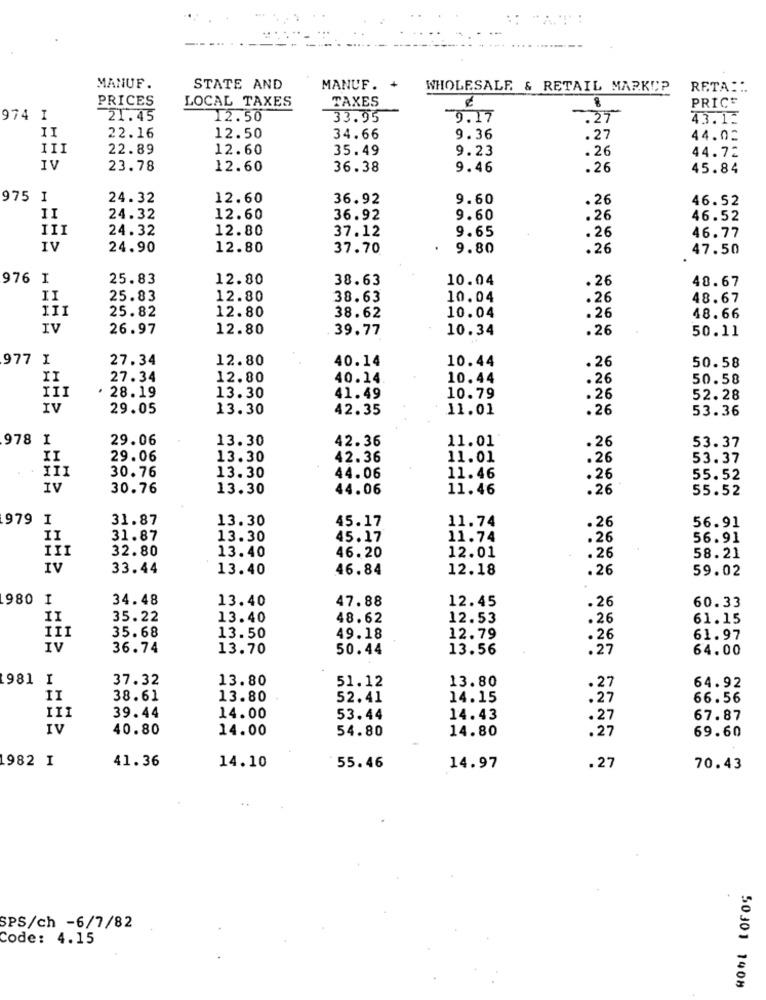
MANUF.
STATE AND
MANUF.
WHOLESALE & RETAIL MARKUP
RETA ::
PRICES
LOCAL TAXES
TAXES
PRICE
974 I
21.45
12.50
33.95
9.17
.27
43.1.
II
22.16
12.50
34.66
9.36
.27
44.02
III
22.89
12.60
35.49
9.23
.26
44.72
IV
23.78
12.60
36.38
9.46
.26
45.84
975 I
24.32
12.60
36.92
9.60
.26
46.52
II
24.32
12.60
36.92
9.60
.26
46.52
III
24.32
12.80
37.12
9.65
.26
46.77
IV
24.90
12.80
37.70
9.80
.26
47.50
976 I
25.83
12.80
38.63
10.04
48.67
. 26
II
25.83
12.80
38.63
10.04
.26
48.67
III
25.82
12.80
38.62
10.04
.26
48.66
IV
26.97
12.80
39.77
10.34
.26
50.11
977 I
27.34
12.80
40.14
10.44
.26
50.58
II
27.34
12.80
40.14
10.44
.26
50.58
· 28.19
III
13.30
41.49
10.79
.26
52.28
IV
29.05
13.30
42.35
11.01
.26
53.36
978 1
29.06
13.30
42.36
11.01
53.37
.26
II
29.06
13.30
42.36
11.01
.26
53.37
30.76
13.30
44.06
11.46
. 26
55.52
IV
30.76
13.30
44.06
11.46
.26
55.52
979 I
31.87
13.30
45.17
11.74
.26
56.91
II
31.87
13.30
45.17
11.74
.26
56.91
32.80
13.40
46.20
12.01
.26
III
58.21
IV
33.44
13.40
46.84
12.18
.26
59.02
980 I
34. 48
13.40
47.88
12.45
.26
60.33
II
35.22
13.40
48.62
12.53
.26
61.15
35.68
III
13.50
49.18
12.79
.26
61.97
IV
36.74
13.70
50.44
13.56
.27
64.00
981 I
37.32
13.80
51.12
13.80
64.92
.27
II
38.61
13.80
52.41
14.15
.27
66.56
39.44
14.00
53.44
14.43
.27
67.87
IV
40.80
14.00
54.80
14.80
.27
69.60
982 I
41.36
14.10
55.46
14.97
.27
70.43
SPS/ch -6/7/82
Code: 4.15
50301 1408